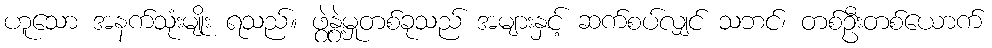
ဟူသော အနက်သုံးမျိုး ရသည်။ ဖွဲ့နွဲ့မှုတစ်ခုသည် အများနှင့် ဆက်စပ်လျှင် သဘင်၊ တစ်ဦးတစ်ယောက်